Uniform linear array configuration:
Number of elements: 48
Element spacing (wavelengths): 0.5
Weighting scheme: blackman
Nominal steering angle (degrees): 60
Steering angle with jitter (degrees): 58.52
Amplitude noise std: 0.05
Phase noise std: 0.05

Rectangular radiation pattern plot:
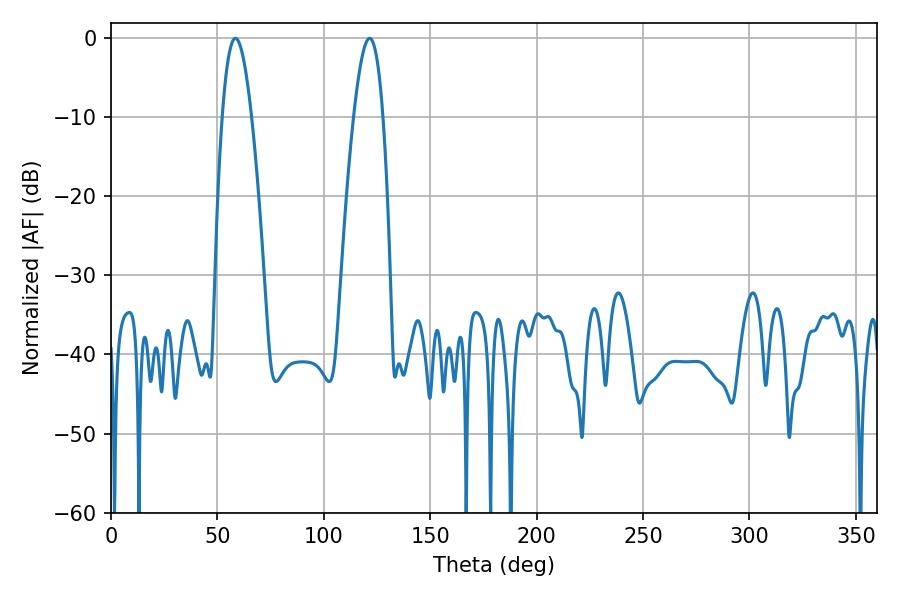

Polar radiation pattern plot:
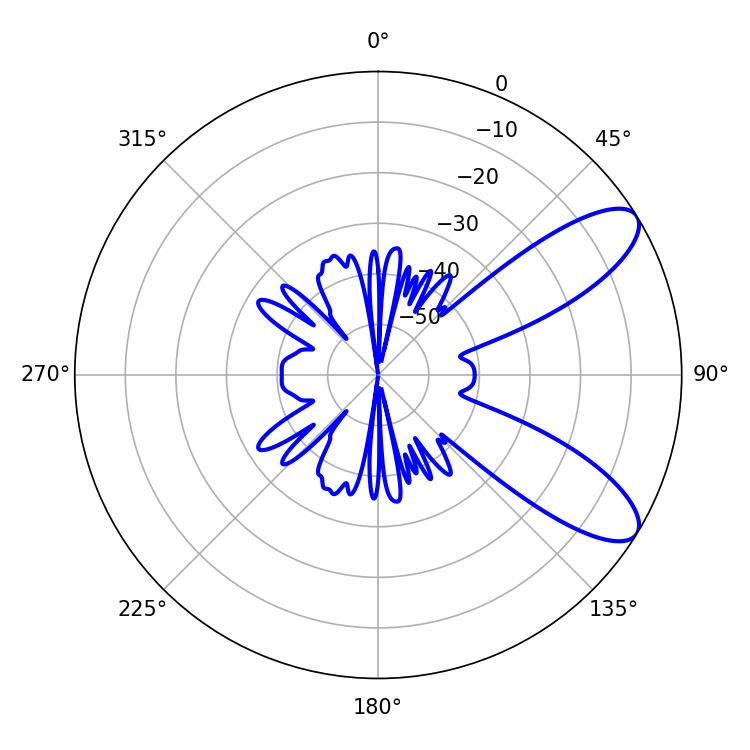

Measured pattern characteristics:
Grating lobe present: FALSE
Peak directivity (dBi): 9.161
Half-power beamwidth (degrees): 7.56
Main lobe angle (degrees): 58.5